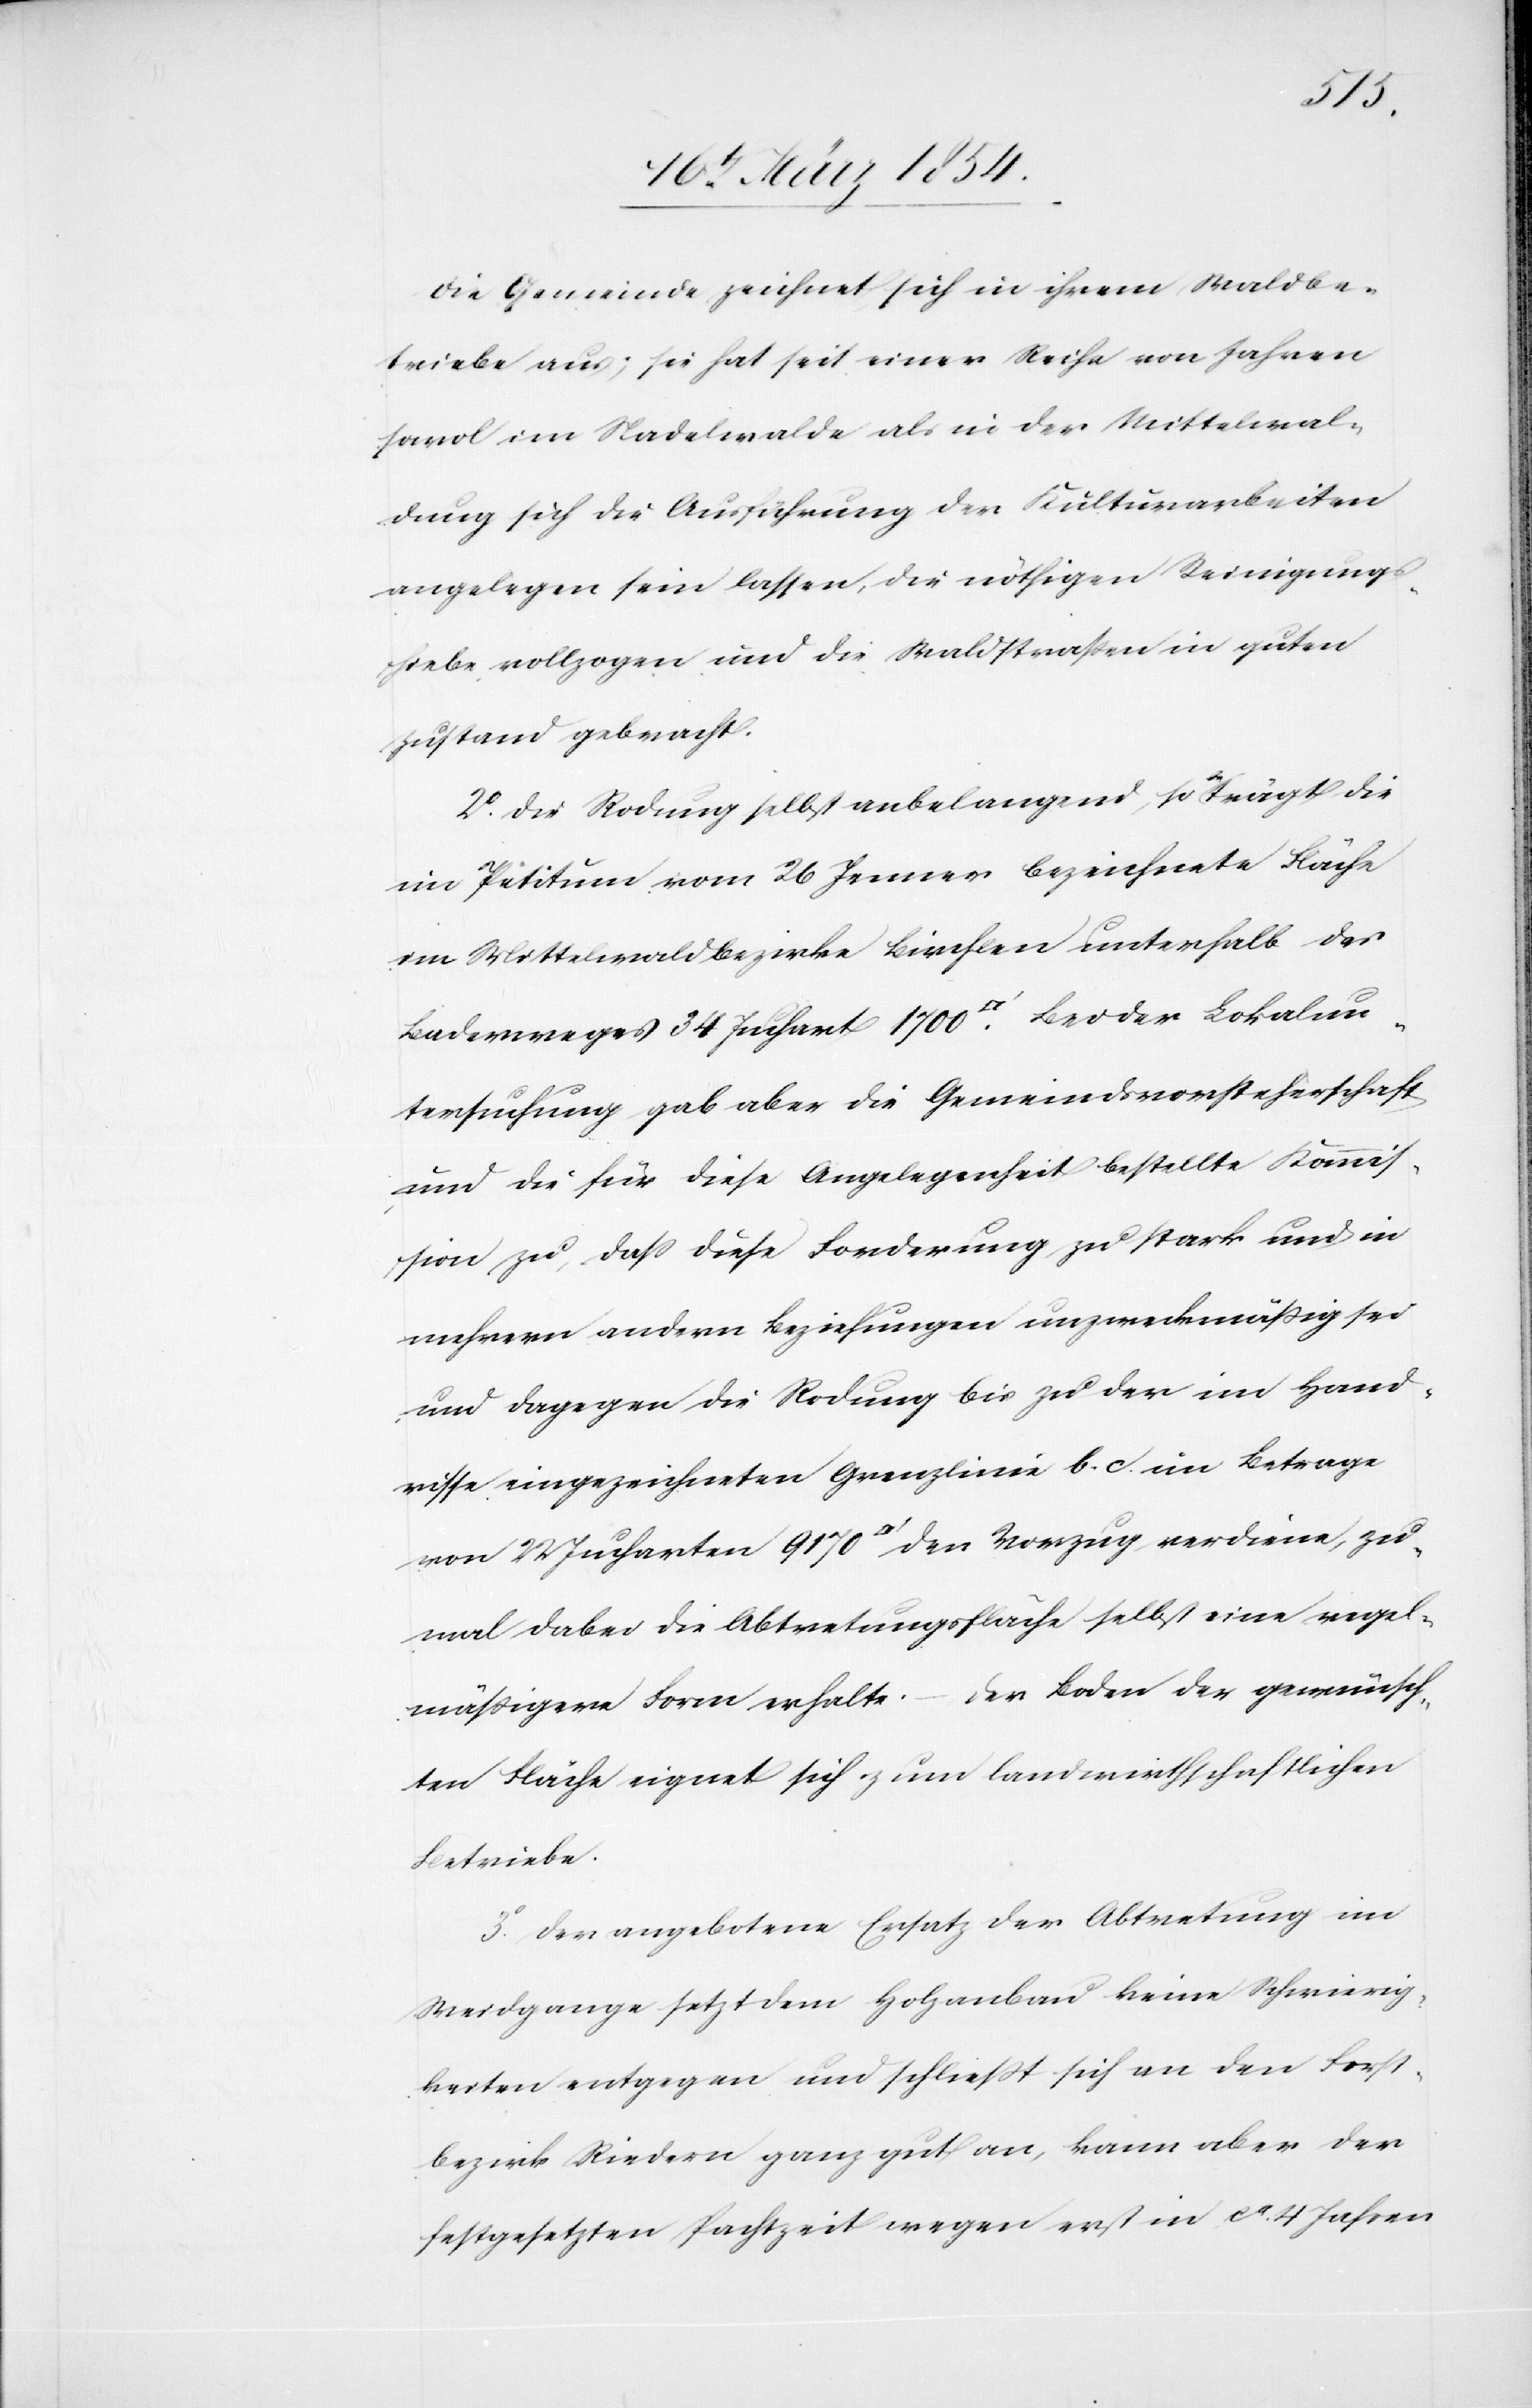
Die Gemeinde zeichnet sich in ihrem Waldbe¬
triebe aus; sie hat seit einer Reihe von Jahren
sowol im Nadelwalde als in der Mittelwal¬
dung sich die Ausführung der Kulturarbeiten
angelegen sein lassen, die nöthigen Reinigungs¬
hiebe vollzogen und die Waldstraßen in guten
Zustand gebracht.
2o Die Rodung selbst anbelangend, so a-be-aträgt die
im Petitum vom 16 Jenner bezeichnete Fläche
im Mittelwaldbezirke Birchlen unterhalb des
Baderweges 34 Juchart 1700 [Quadratfuss]. Bei der Lokalun¬
tersuchung gab aber die Gemeindsvorsteherschaft
und die für diese Angelegenheit bestellte Kommis¬
sion zu, daß diese Forderung zu stark und in
mehrern andern Beziehungen unzweckmäßig sei
und dagegen die Rodung bis zu der im Hand¬
risse eingezeichneten Grenzlinie b. c. im Betrage
von 22 Jucharten 9170 [Quadratfuss] den Vorzug verdiene, zu¬
mal dabei die Abtretungsfläche selbst eine regel¬
mäßigere Form erhalte. – Der Boden der gewünsch¬
ten Fläche eignet sich zum landwirthschaftlichen
Betriebe.
3o Der angebotene Ersatz der Abtretung im
Weidgange setzt dem Holzanbau keine Schwierig¬
keiten entgegen und schließt sich an den Forst¬
bezirk Riedern ganz gut an, kann aber der
festgesetzten Pachtzeit wegen erst in ca 4 Jahren